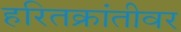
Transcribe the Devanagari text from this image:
हरितक्रांतीवर